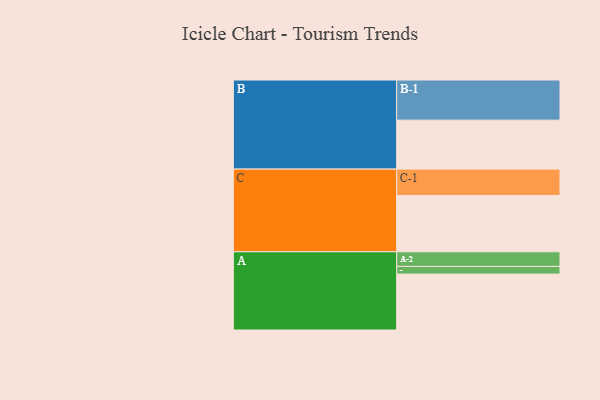
{"axis": {"x": "Segment", "y": "Value"}, "legend": ["", "A", "B", "C"], "data": [{"x": "A", "y": 401, "type": ""}, {"x": "B", "y": 351, "type": ""}, {"x": "C", "y": 404, "type": ""}, {"x": "A-1", "y": 55, "type": "A"}, {"x": "A-2", "y": 105, "type": "A"}, {"x": "B-1", "y": 288, "type": "B"}, {"x": "C-1", "y": 189, "type": "C"}]}